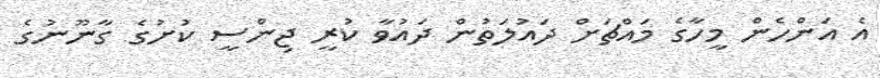
އެ އަންހެން މީހާގެ މައްޗަށް ދައުލަތުން ދައުވާ ކުރީ ޖިންސީ ކުށުގެ ގާނޫނުގެ